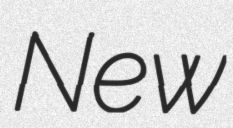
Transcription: New